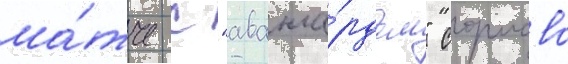
ма́тче с "аванга́рдом" сормово